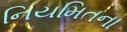
નિયમિતના